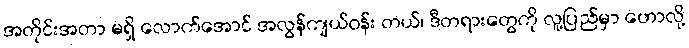
အတိုင်းအတာ မရှိ လောက်အောင် အလွန်ကျယ်ဝန်း တယ်၊ ဒီတရားတွေကို လူ့ပြည်မှာ ဟောလို့